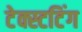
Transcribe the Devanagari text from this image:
टेक्स्टटिंग